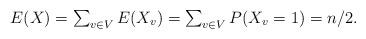
LaTeX: \begin{align*} \begin{array}{l} E (X) = \sum_{v \in V} E (X_v) = \sum_{v \in V} P (X_v = 1) = n/2. \end{array}\end{align*}